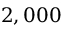
2 , 0 0 0